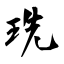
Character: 珗